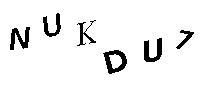
NUKDU7